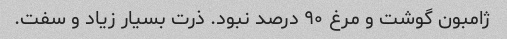
ژامبون گوشت و مرغ ۹۰ درصد نبود. ذرت بسیار زیاد و سفت.